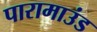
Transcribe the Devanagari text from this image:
पारामाउंड